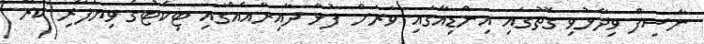
ނާސިފް ވިދާޅުވި ގޮތުގައި އިންޑިއާގައި ވަރަށް ފުޅާ ދާއިރާއެއްގައި ޓިކެޓުގެ ވިޔަފާރި ކުރާ